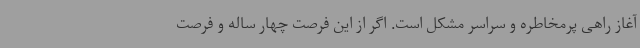
آغاز راهی پرمخاطره و سراسر مشکل است. اگر از این فرصت چهار ساله و فرصت